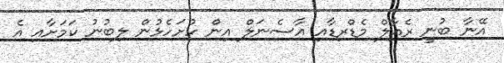
އޭނާ ބުނީ ރެއާލް މެޑްރިޑާއި އާސެނަލް އިން ހުށަހެޅުން ލިބުނު ކަމަށާއި އެ